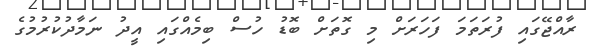
ރާއްޖޭގައި ފުރަތަމަ ފަހަރަށް މި ގޮތަށް ބޮޑު ހުސް ބިމެއްގައި އީދު ނަމާދުކުރުމުގެ